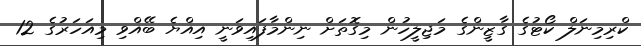
ކްރިމިނަލް ކޯޓުގެ ގާޒީންގެ މަޖިލީހުން މިގޮތަށް ނިންމާފައިވަނީ އިއްޔެ ބޭއްވި މިއަހަރުގެ 12